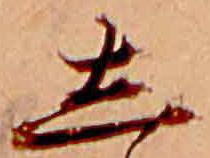
し